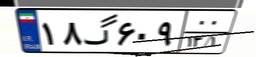
۱۸گ۶۰۹۰۰